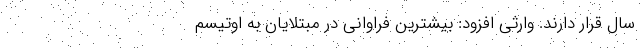
سال قرار دارند. وارثی افزود: بیشترین فراوانی در مبتلایان به اوتیسم